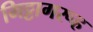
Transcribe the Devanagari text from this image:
मिट्टागरूह